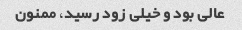
عالی بود و خیلی زود رسید، ممنون